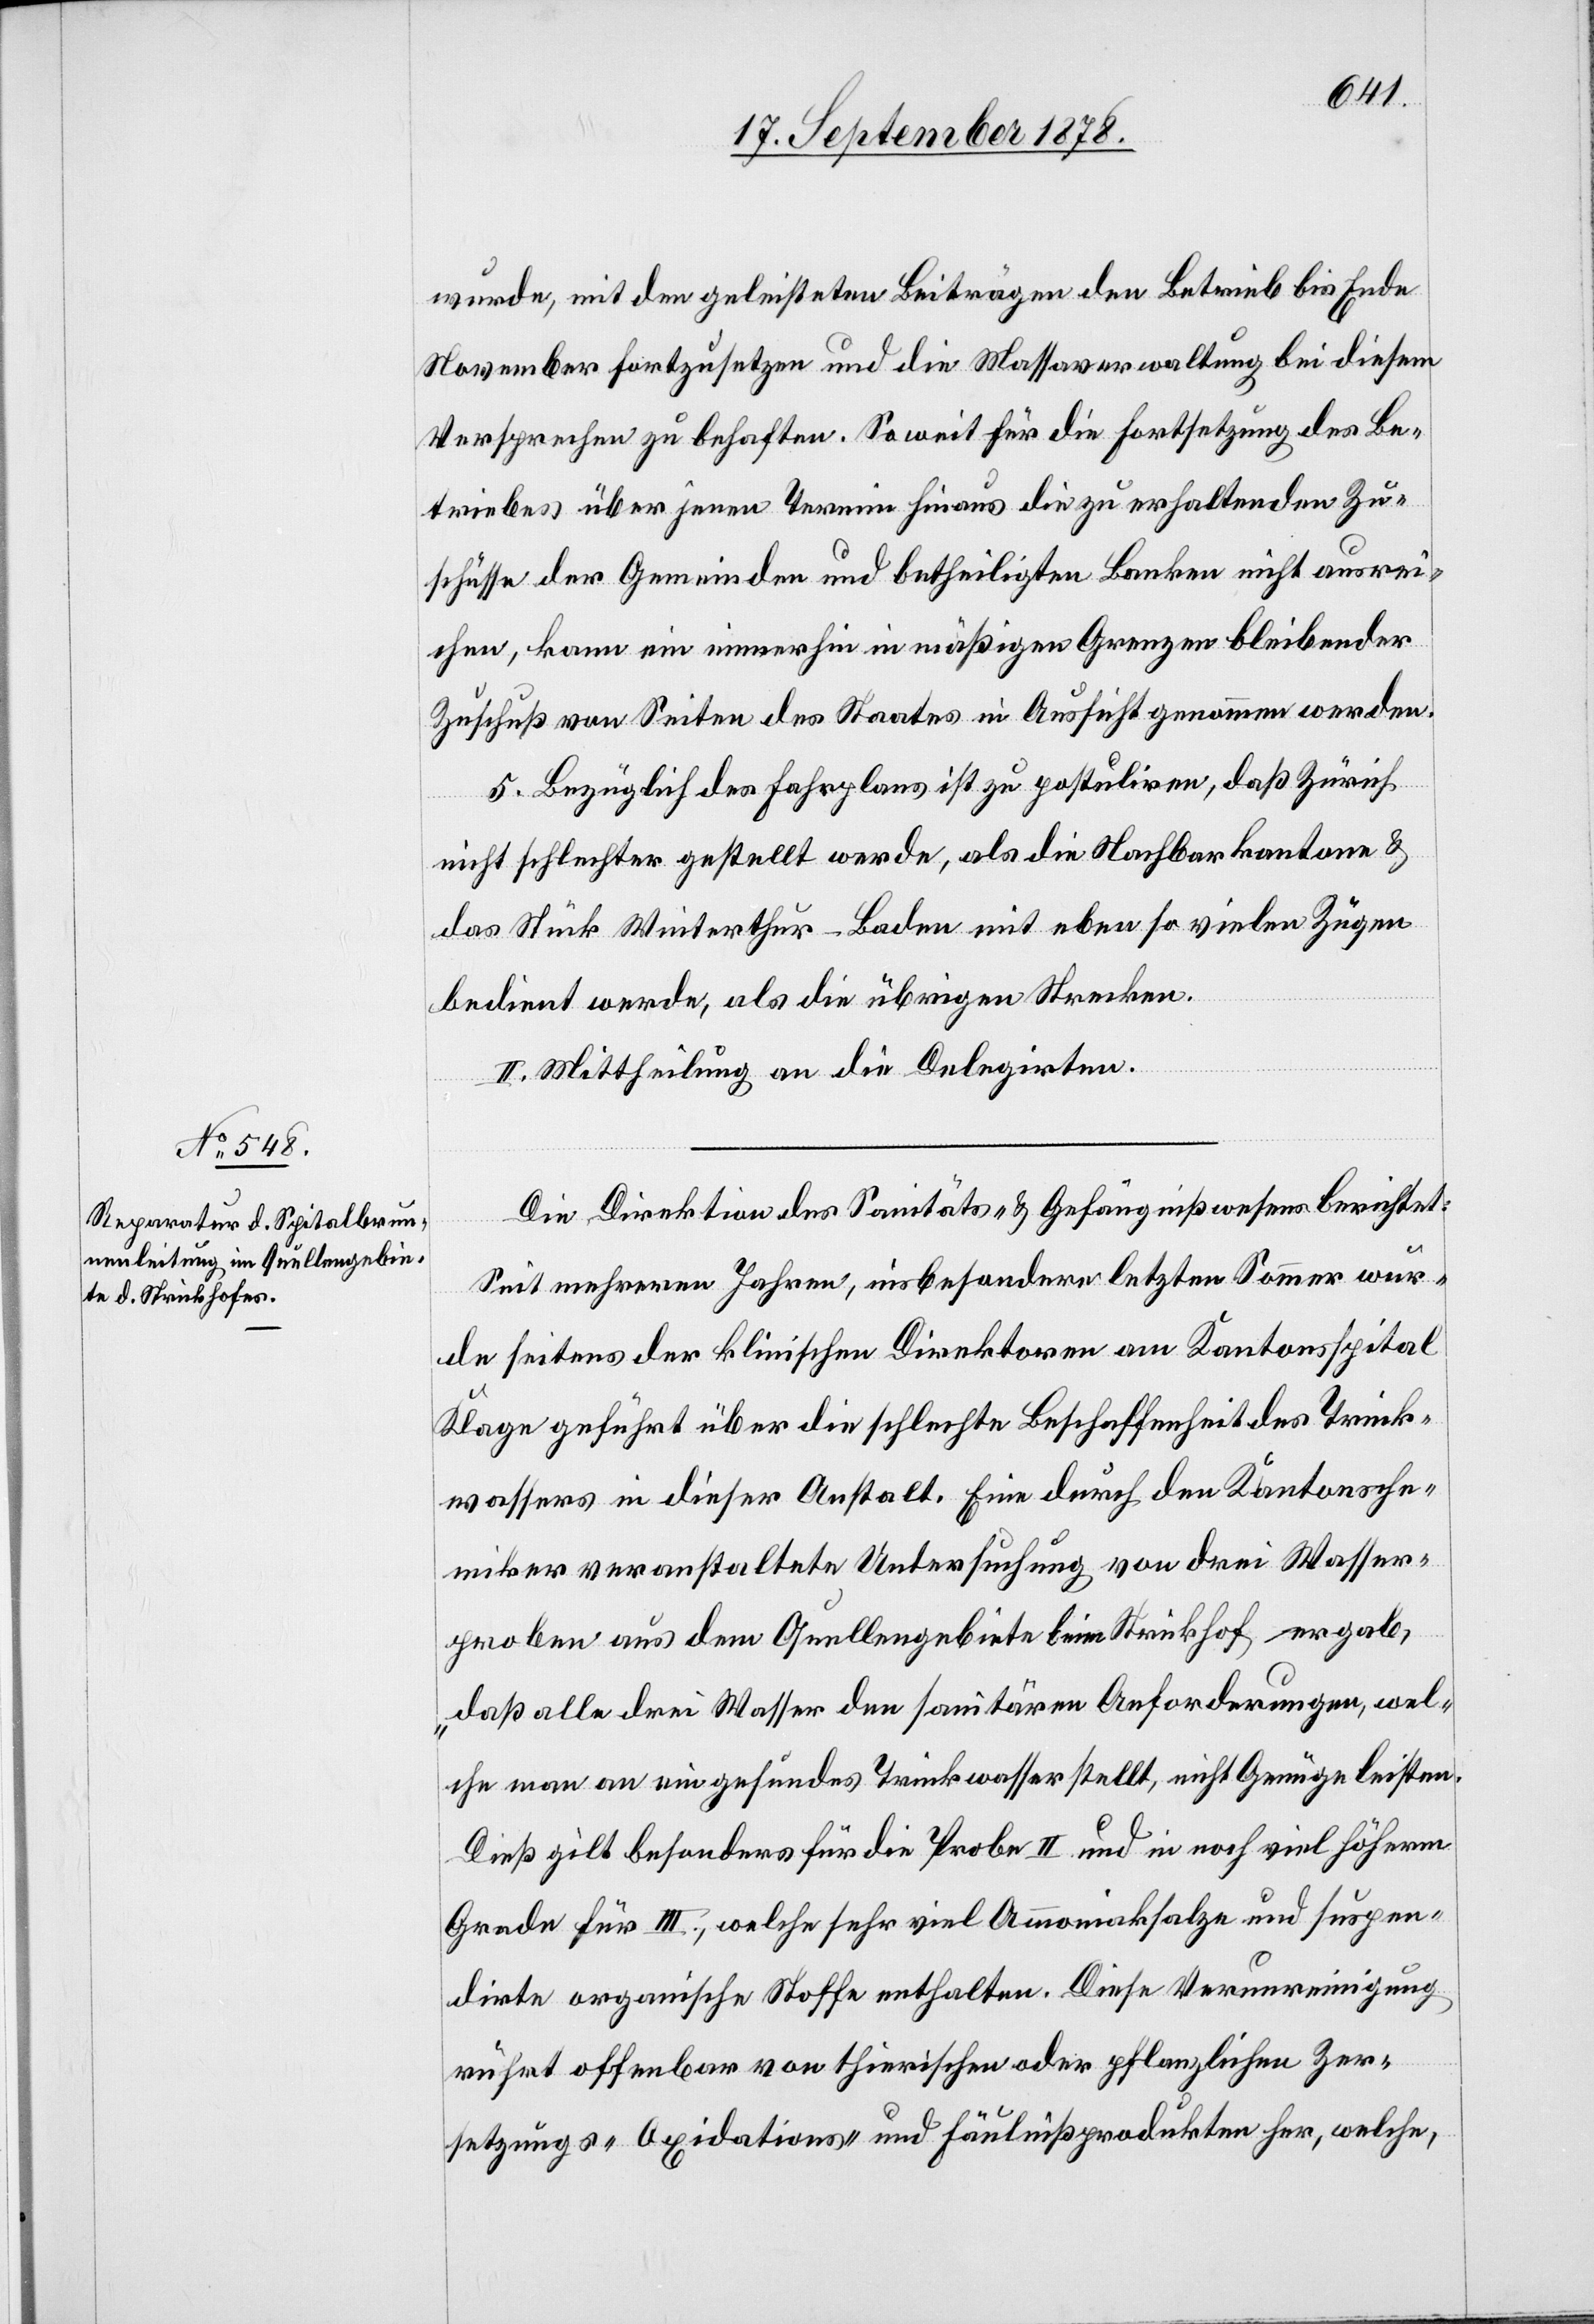
wurde, mit den geleisteten Beiträgen den Betrieb bis Ende
November fortzusetzen und die Massaverwaltung bei diesem
Versprechen zu behaften. Soweit für die Fortsetzung des Be¬
triebes über jenen Termin hinaus die zu erhaltenden Zu¬
schüsse der Gemeinden und betheiligten Banken nicht ausrei¬
chen, kann ein immerhin in mäßigen Grenzen bleibender
Zuschuß von Seiten des Staates in Aussicht genommen werden.
5. Bezüglich des Fahrplans ist zu postuliren, daß Zürich
nicht schlechter gestellt werde, als die Nachbarkantone &
das Stück Winterthur–Baden mit eben so vielen Zügen
bedient werde, als die übrigen Strecken.
II. Mittheilung an die Delegirten.
Die Direktion des Sanitäts- & Gefängnißwesens berichtet:
Seit mehreren Jahren, insbesondere letzten Sommer wur¬
de seitens der klinischen Direktoren am Kantonsspital
Klage geführt über die schlechte Beschaffenheit des Trink¬
wassers in dieser Anstalt. Eine durch den Kantonsche¬
miker veranstaltete Untersuchung von drei Wasser¬
proben aus dem Quellengebiete beim Strickhof ergab,
„daß alle drei Wasser den sanitären Anforderungen, wel¬
che man an ein gesundes Trinkwasser stellt, nicht Genüge leisten.
Dieß gilt besonders für die Probe II. und in noch viel höherm
Grade für III., welche sehr viel Ammoniaksalze und suspen¬
dirte organische Stoffe enthalte. Diese Verunreinigung
rührt offenbar von thierischen oder pflanzlichen Zer¬
setzungs-Oxidations- und Fäulnißprodukten her, welche,